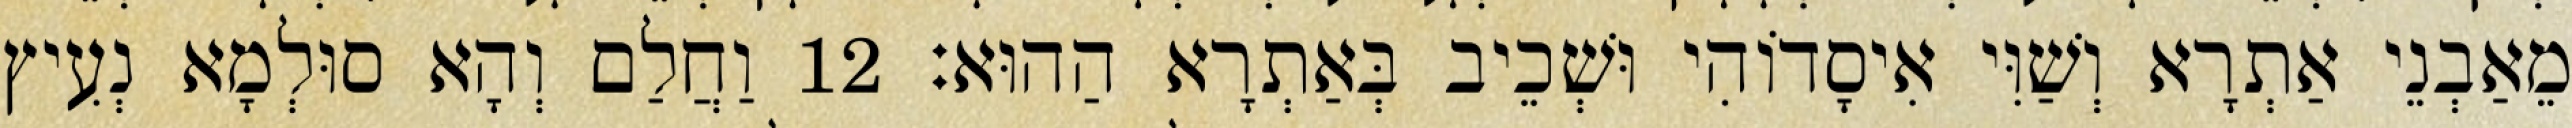
מֵאַבְנֵי אַתְרָא וְשַׁוִּי אִיסָדוֹהִי וּשְׁכֵיב בְּאַתְרָא הַהוּא׃ 12 וַחֲלַם וְהָא סוּלְמָא נְעִיץ